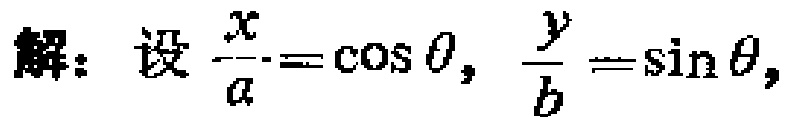
解：设$\frac{x}{a}=\cos\theta, \frac{y}{b}=\sin\theta,$